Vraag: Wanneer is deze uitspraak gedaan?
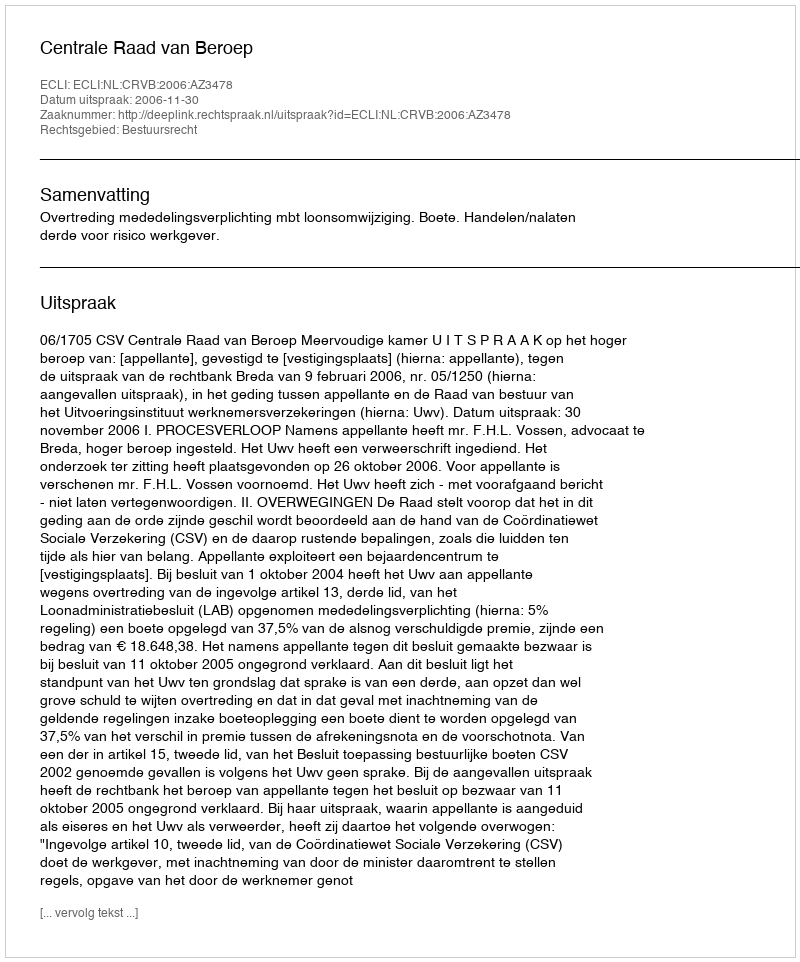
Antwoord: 2006-11-30